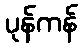
ပုန်ကန်